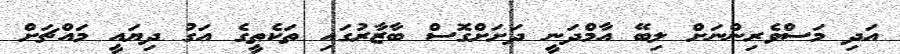
އަދި މަސްވެރިންނަށް ލިބޭ އާމްދަނީ ދަށަށްގޮސް ބާޒާރުގައި ތަކެތީގެ އަގު ދިޔައީ މައްޗަށް